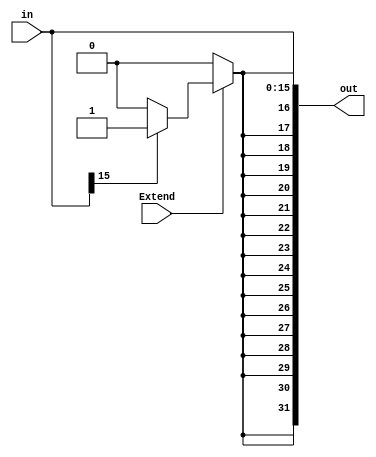
`timescale 1ns / 1ps
//////////////////////////////////////////////////////////////////////////////////
// Company: 
// Engineer: 
// 
// Design Name: 
// Module Name:    Extend 
// Project Name: 
// Target Devices: 
// Tool versions: 
// Description: 
//
// Dependencies: 
//
// Revision: 
// Revision 0.01 - File Created
// Additional Comments: 
//
//////////////////////////////////////////////////////////////////////////////////
module Extend(
    input Extend,
    input [15:0] in,
    output reg [31:0] out
    );
	 integer i;
	 
	 always @* begin
	 if(Extend==1'b0)begin
	     for(i=16;i<32;i=i+1)
		      out[i]<=0;
	 out[15:0]<=in;
	 end
	 else begin
	     if(in[15]==0)begin
		      for(i=16;i<32;i=i+1)
				    out[i]<=0;
		  end
		  else begin
		      for(i=16;i<32;i=i+1)
				    out[i]<=1;
		  end
		  
    out[15:0]<=in;
	 end
	 end

endmodule